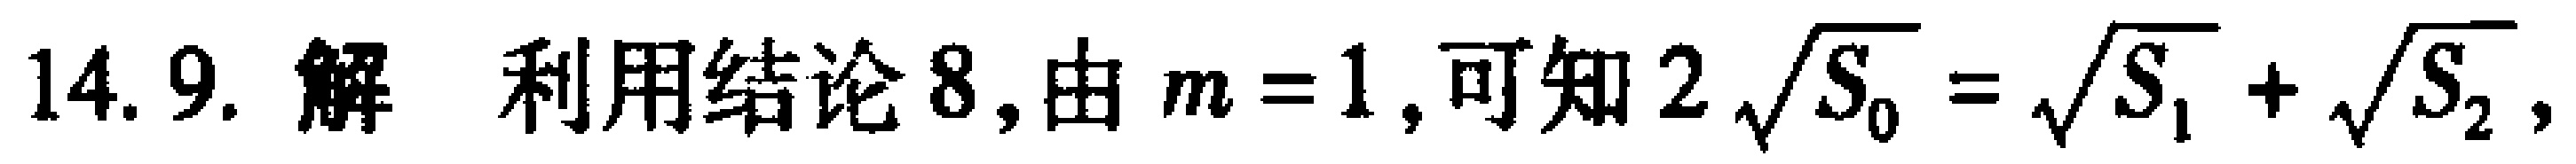
14.9. 解 利用结论8,由 \(m = 1\),可知 \(2\sqrt{S_{0}}=\sqrt{S_{1}}+\sqrt{S_{2}}\),